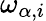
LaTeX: \omega_{\alpha,i}